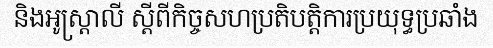
និងអូស្ត្រាលី ស្តីពីកិច្ចសហប្រតិបត្តិការប្រយុទ្ធប្រឆាំង